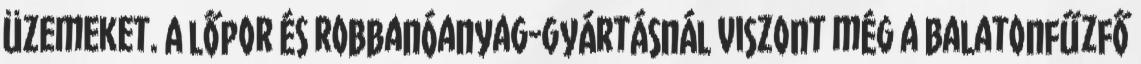
üzemeket. A lőpor és robbanóanyag-gyártásnál viszont még a Balatonfűzfő